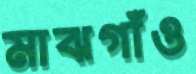
মাঝগাঁও